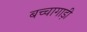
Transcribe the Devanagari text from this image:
बच्चागाड़ी